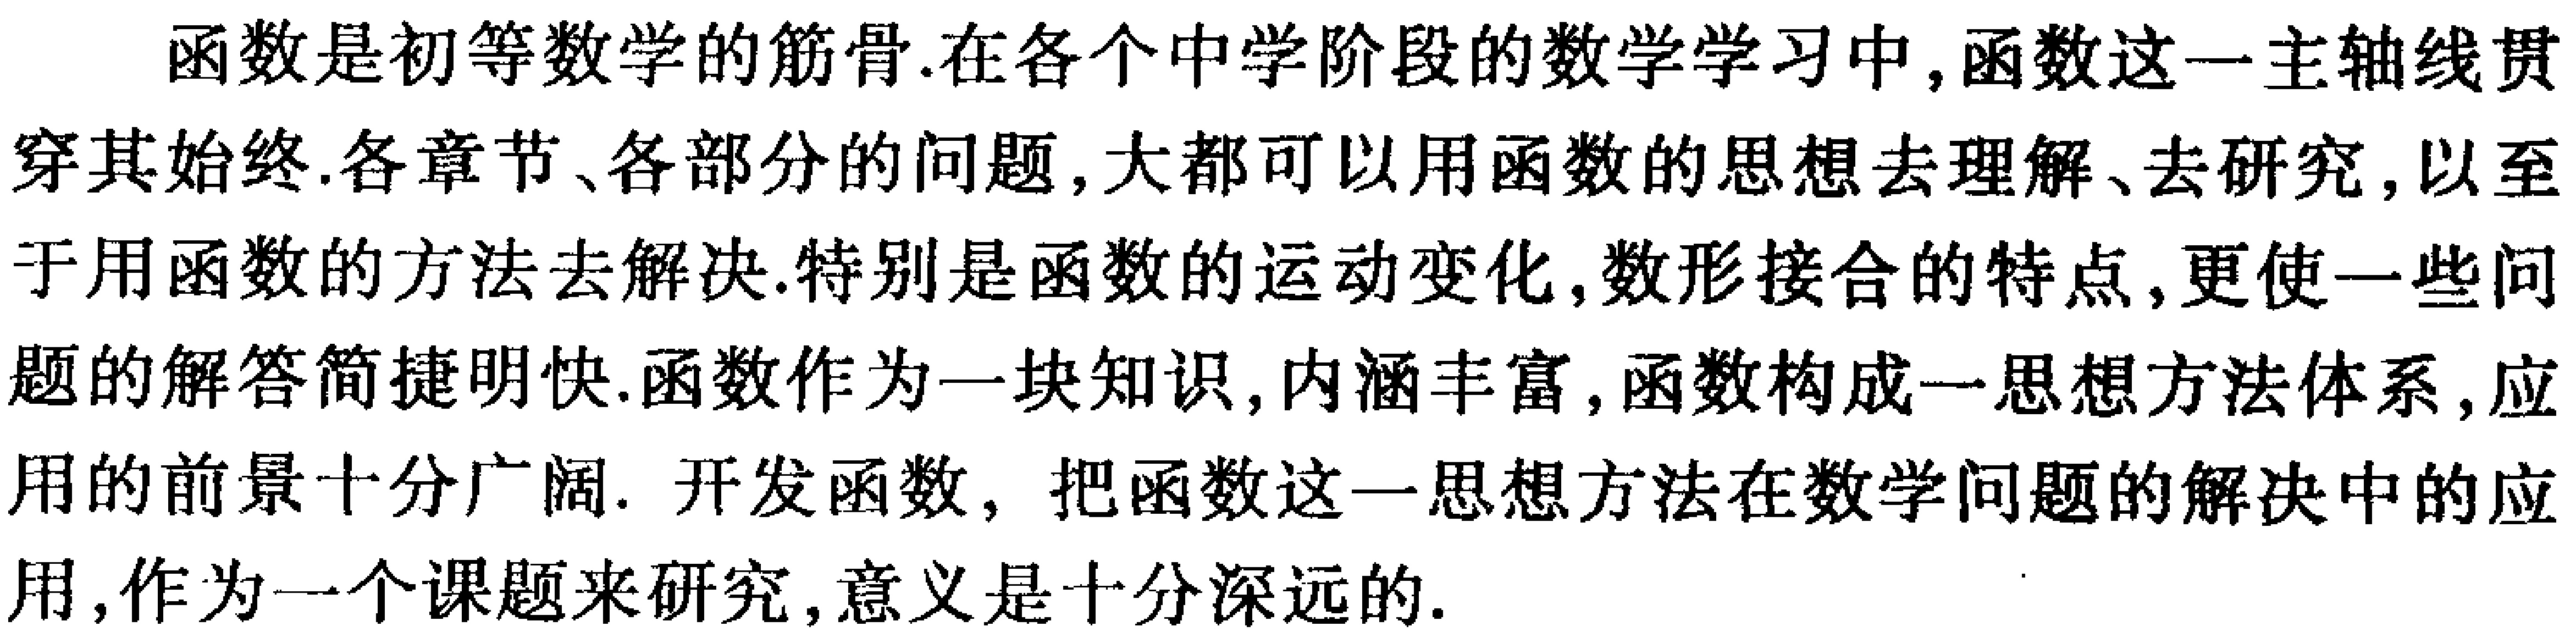
函数是初等数学的筋骨.在各个中学阶段的数学学习中,函数这一主轴线贯穿其始终.各章节、各部分的问题,大都可以用函数的思想去理解、去研究,以至于用函数的方法去解决.特别是函数的运动变化,数形接合的特点,更使一些问题的解答简捷明快.函数作为一块知识,内涵丰富,函数构成一思想方法体系,应用的前景十分广阔. 开发函数, 把函数这一思想方法在数学问题的解决中的应用,作为一个课题来研究,意义是十分深远的.